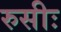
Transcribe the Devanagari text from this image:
रुसीः